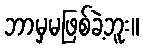
ဘာမှမဖြစ်ခဲ့ဘူး။